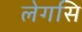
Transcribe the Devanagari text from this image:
लेगसि